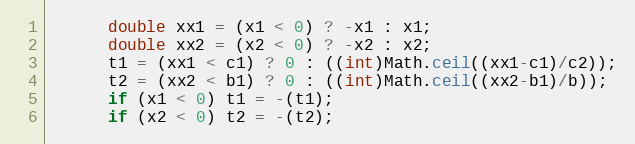
Language: Java
      double xx1 = (x1 < 0) ? -x1 : x1;
      double xx2 = (x2 < 0) ? -x2 : x2;
      t1 = (xx1 < c1) ? 0 : ((int)Math.ceil((xx1-c1)/c2));
      t2 = (xx2 < b1) ? 0 : ((int)Math.ceil((xx2-b1)/b));
      if (x1 < 0) t1 = -(t1);
      if (x2 < 0) t2 = -(t2);